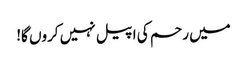
میں رحم کی اپیل نہیں کروں گا!